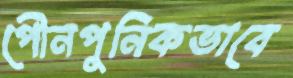
পৌনপুনিকভাবে